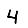
Digit: 4